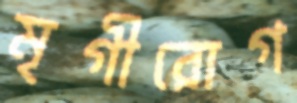
মৃগীরোগ